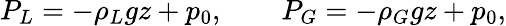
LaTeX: P_{L}=-\rho_{L}gz+p_{0},\qquad P_{G}=-\rho_{G}gz+p_{0},